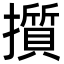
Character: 㩫